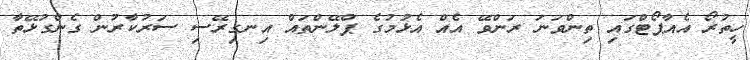
ހީތުރޯ އެއާޕޯޓްގައި ތިންވަނަ ރަންވޭ އެއް އެޅުމުގެ ޕްލޭންތައް އިނގިރޭސި ސަރުކާރުން ގެންގުޅޭތާ